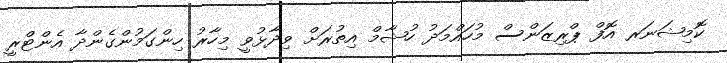
ކޮމިޝަނަރ އޮފް ޕްރިޒަންސް މުހައްމަދު ހުޝާމް އިތުރަށް ވިދާޅުވީ މިހާރު ހިންގަމުންގެންދާ އެންޓްރީ